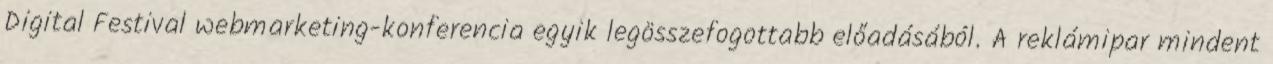
Digital Festival webmarketing-konferencia egyik legösszefogottabb előadásából. A reklámipar mindent